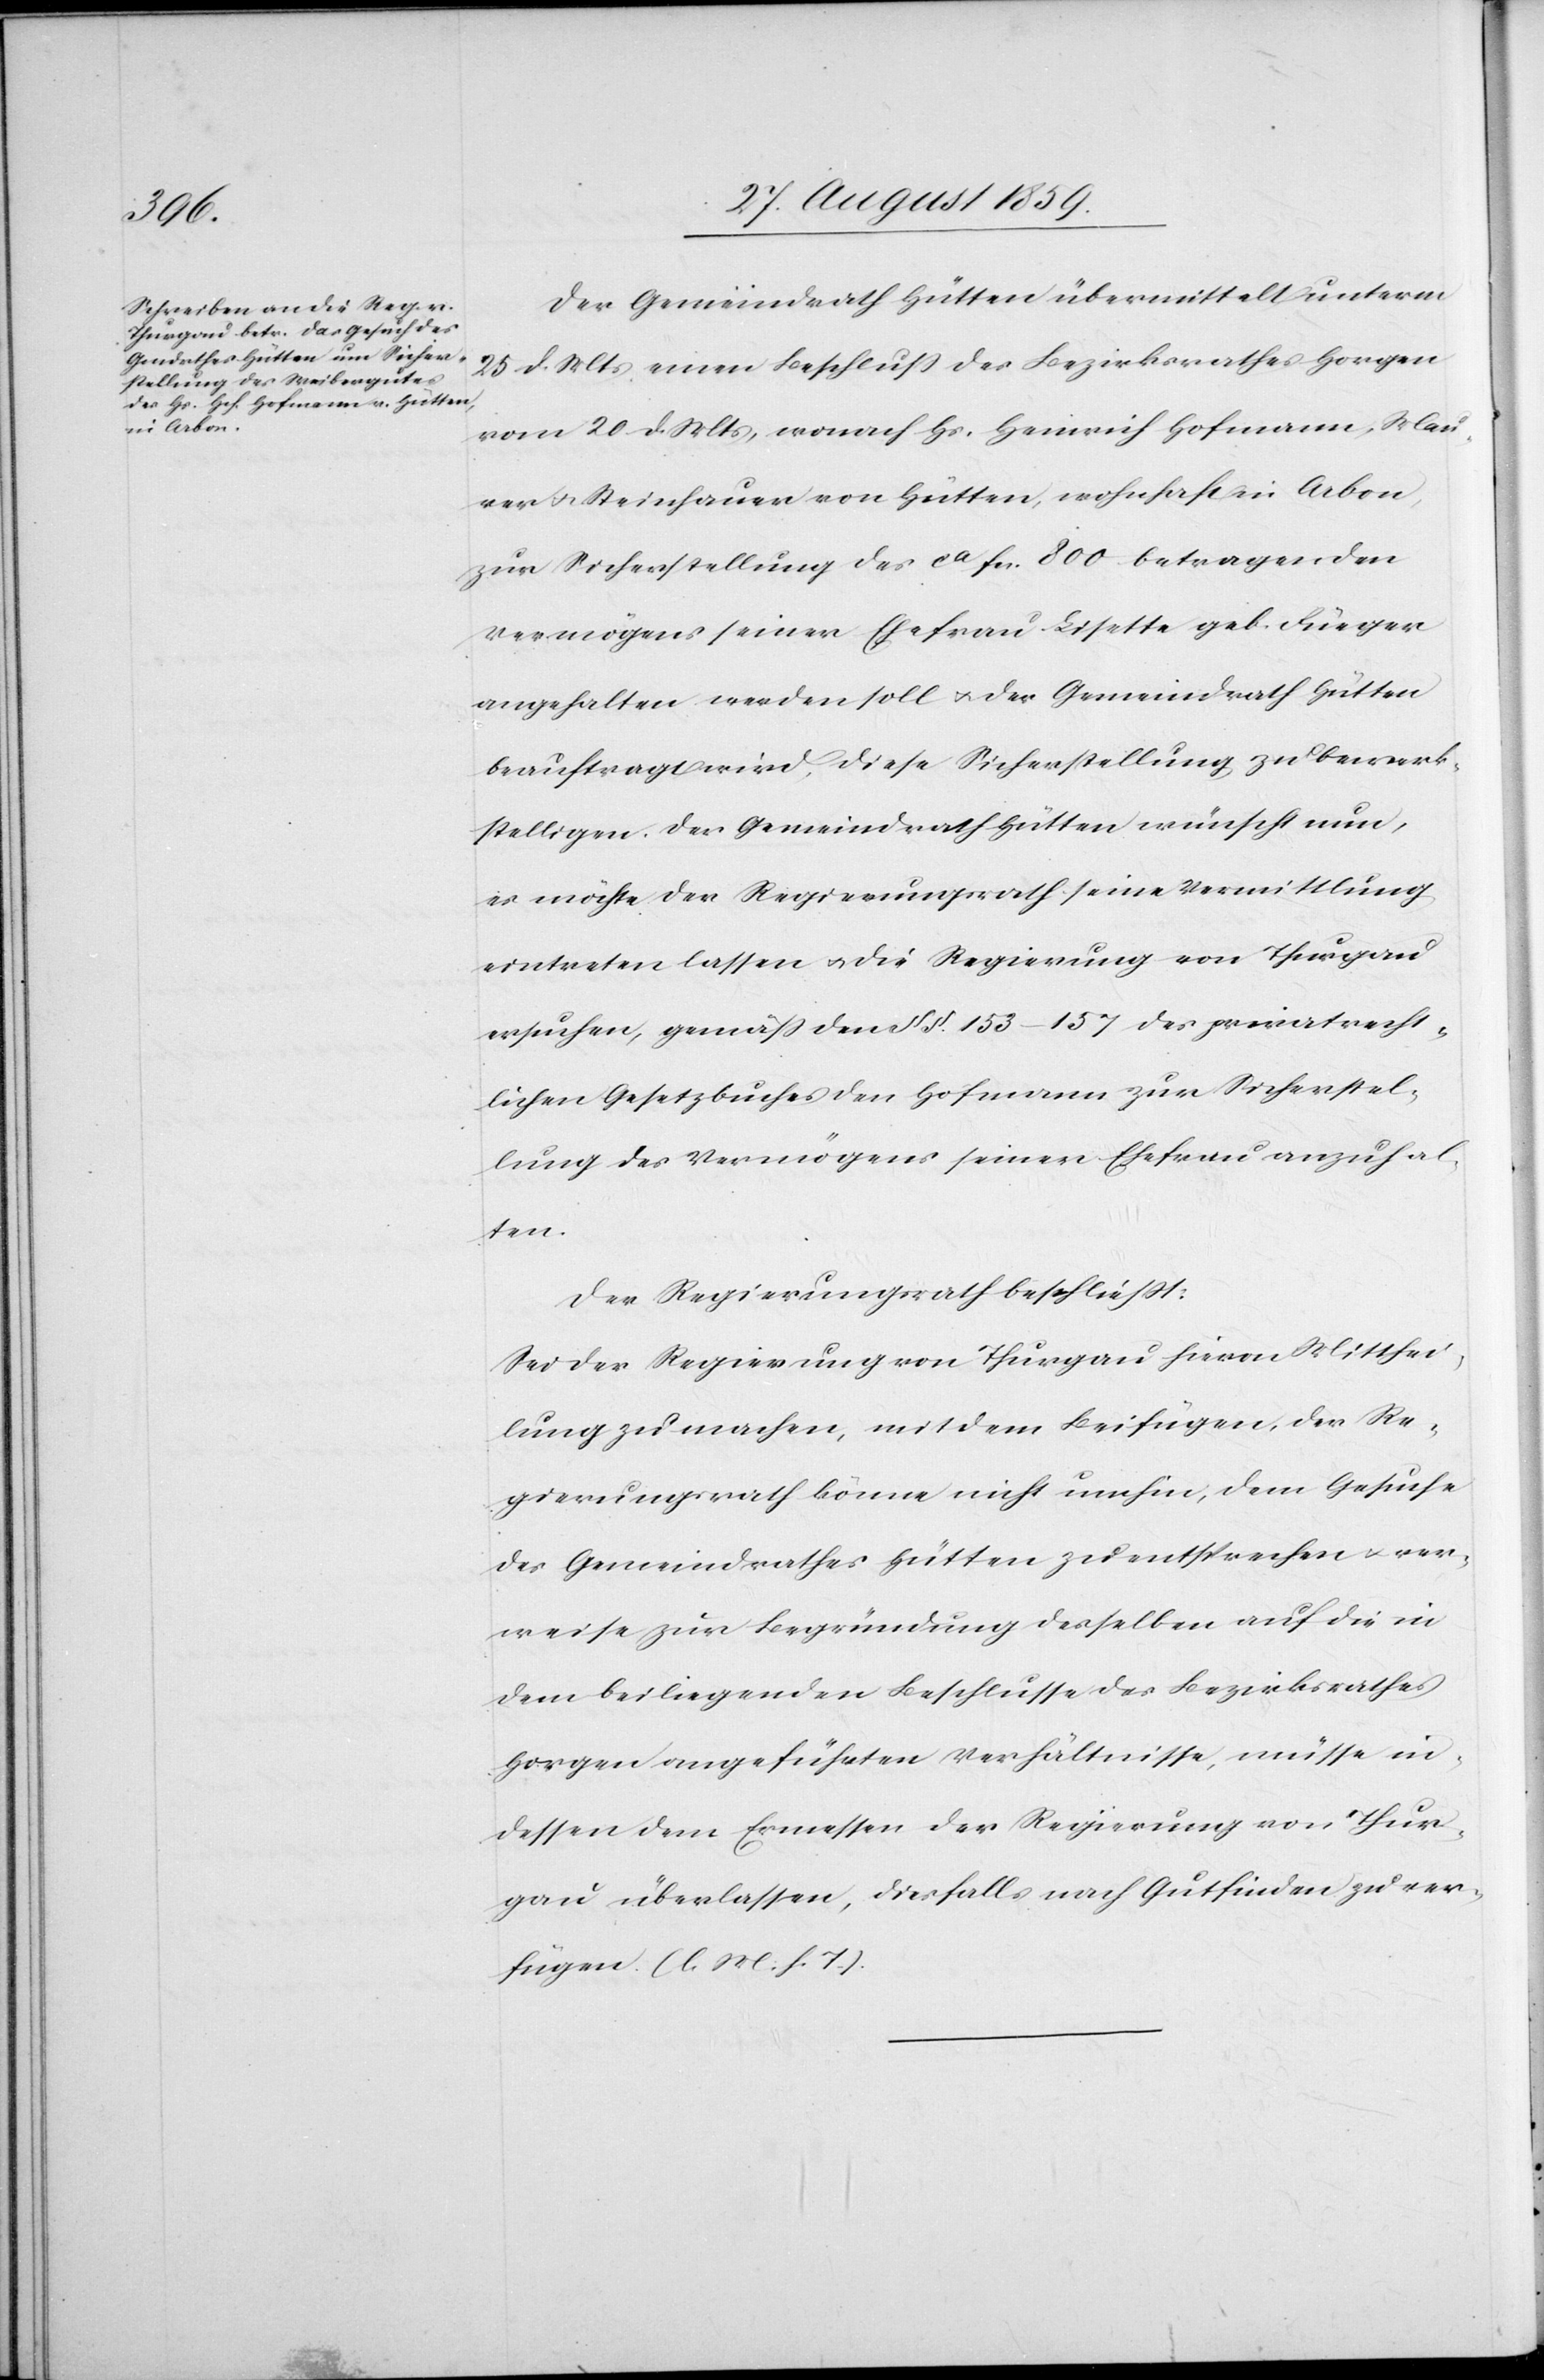
Der Gemeindrath Hütten übermittelt unterm
25. d. Mts. einen Beschluß des Bezirksrathes Horgen
vom 20. d. Mts., wonach Hs. Heinrich Hofmann, Mau¬
rer & Steinhauer von Hütten, wohnhaft in Arbon,
zur Sicherstellung des ca. fcs. 800. betragenden
Vermögens seiner Ehefrau Lisette geb. Fueger
angehalten werden soll & der Gemeindrath Hütten
beauftragt wird, diese Sicherstellung zu bewerk¬
stelligen. Der Gemeindrath Hütten wünscht nun,
es möchte der Regierungsrath seine Vermittlung
eintreten lassen & die Regierung von Thurghau
ersuchen, gemäß dem §§. 153–157 des privatrecht¬
lichen Gesetzbuches den Hofmann zur Sicherstel¬
lung des Vermögens seiner Ehefrau anzuhal¬
ten.
Der Regierungsrath beschließt:
Sei der Regierung von Thurgau hievon Mitthei¬
lung zu machen, mit dem Beifügen, der Re¬
gierungsrath könne nicht umhin, dem Gesuche
des Gemeindrathes Hütten zu entsprechen & ver¬
weise zur Begründung desselben auf die in
dem beiliegenden Beschlusse des Bezirksrathes
Horgen angeführten Verhältnisse, müsse in¬
dessen dem Ermessen der Regierung von Thur¬
gau überlassen, diesfalls nach Gutfinden zu ver¬
fügen (l. M. h. T.)